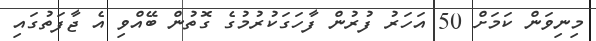
މިނިވަން ކަމަށް 50 އަހަރު ފުރުން ފާހަގަކުރުމުގެ ގޮތުން ބޭއްވި އެ ޖާފަތުގައި